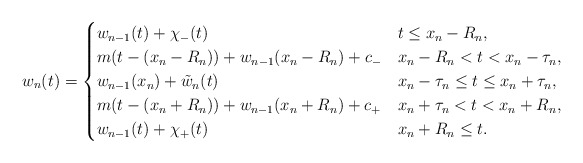
\begin{align*}w_n(t) = \begin{cases}w_{n-1}(t) + \chi_{-} (t) & t \leq x_n - R_n, \\m(t - (x_n - R_n)) + w_{n-1}(x_n - R_n) + c_{-} & x_n - R_n < t <x_n - \tau_n, \\w_{n-1}(x_n) + \tilde{w}_n (t) & x_n - \tau_n \leq t \leq x_n + \tau_n, \\m(t - (x_n + R_n)) + w_{n-1}(x_n + R_n) + c_{+} & x_n + \tau_n < t < x_n + R_n, \\w_{n-1}(t) + \chi_+ (t) & x_n + R_n \leq t.\end{cases}\end{align*}